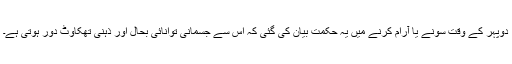
دوپہر کے وقت سونے یا آرام کرنے میں یہ حکمت بیان کی گئی کہ اس سے جسمانی توانائی بحال اور ذہنی تھکاوٹ دور ہوتی ہے۔